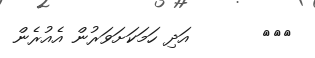
١٦٨       އަދި ހަމަކަށަވަރުން އެއުރެން